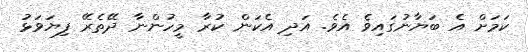
ކަމަށް އެ ބަޔާނުގައިވެ އެވެ. އަދި އެކަން ކުރާ މީހުންނާ ދޭތެރޭ ފިޔަވަޅު